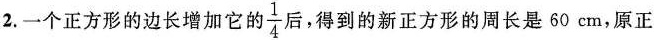
2.一个正方形的边长增加它的 \frac{1}{4}后，得到的新正方形的周长是60cm，原正